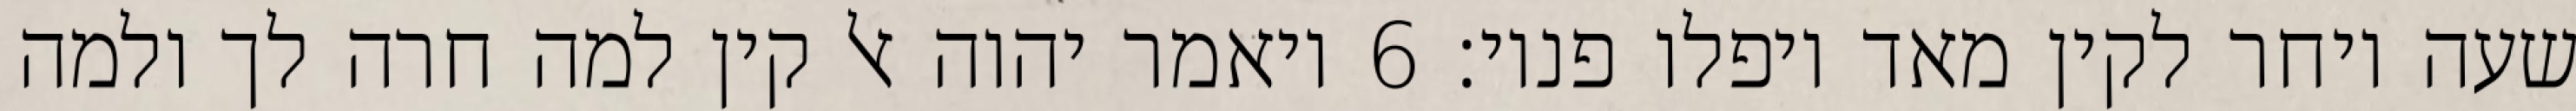
שעה ויחר לקין מאד ויפלו פניו׃ ‎6‏ ויאמר יהוה אל קין למה חרה לך ולמה